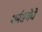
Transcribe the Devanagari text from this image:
धर्मसभेचे